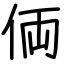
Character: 𠈓